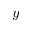
y